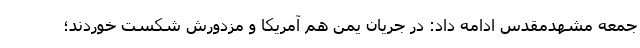
جمعه مشهدمقدس ادامه داد: در جریان یمن هم آمریکا و مزدورش شکست خوردند؛